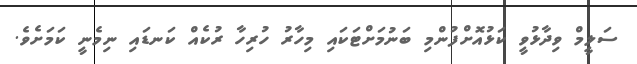
ސަލީމް ވިދާޅުވީ ކަޅުއޮށްފުންމި ބަނުމަށްޓަކައި މިހާރު ހުރިހާ ރުކެއް ކަނޑައި ނިމެނީ ކަމަށެވެ.